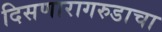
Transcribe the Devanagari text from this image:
दिसणारागरुडाचा